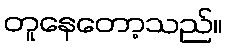
တူနေတော့သည်။